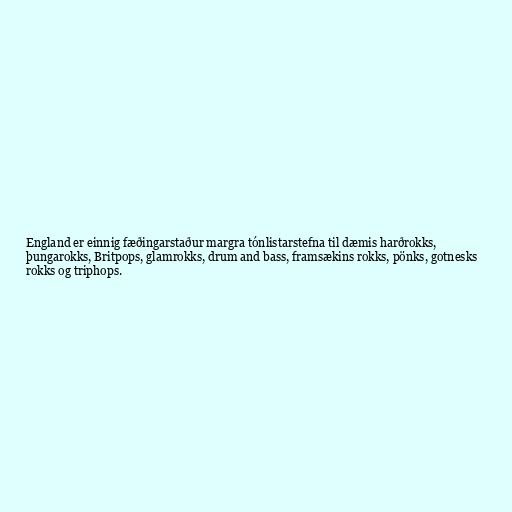
England er einnig fæðingarstaður margra tónlistarstefna til dæmis harðrokks,
þungarokks, Britpops, glamrokks, drum and bass, framsækins rokks, pönks, gotnesks
rokks og triphops.